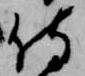
侍